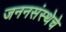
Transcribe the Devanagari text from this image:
जननसंस्थेचे